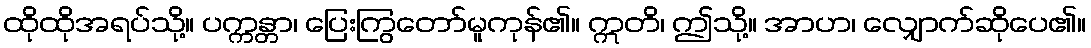
ထိုထိုအရပ်သို့။ ပက္ကန္တာ၊ ပြေးကြွတော်မူကုန်၏။ ဣတိ၊ ဤသို့။ အာဟ၊ လျှောက်ဆိုပေ၏။